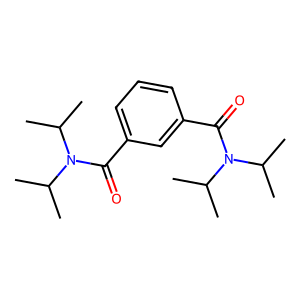
SMILES: CC(C)N(C(=O)c1cccc(C(=O)N(C(C)C)C(C)C)c1)C(C)C
Inhibits HIV replication: No